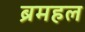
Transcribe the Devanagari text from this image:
ब्रमहल